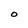
Character: O